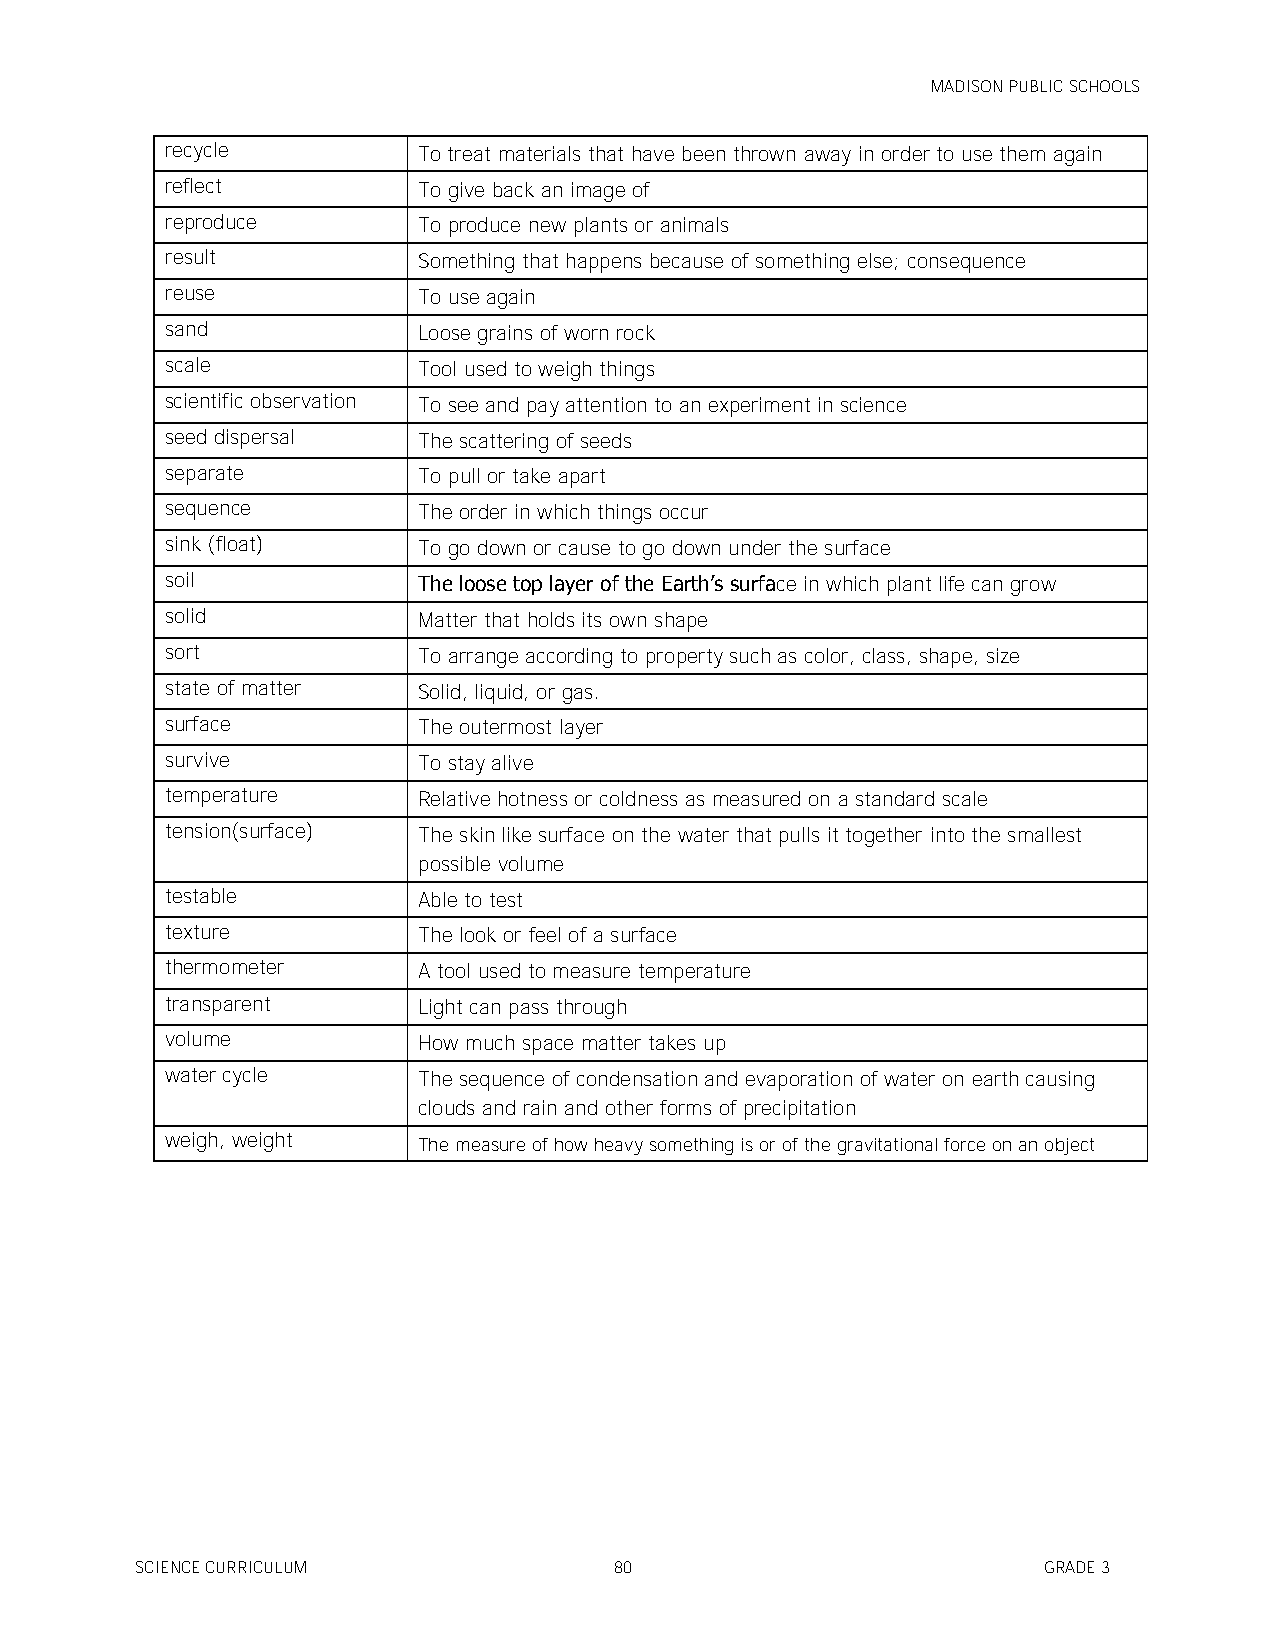
MADISON PUBLIC SCHOOLS
 recycle          To treat materials that have been thrown away in order to use them again
 reflect          To give back an image of
 reproduce        To produce new plants or animals
 result           Something that happens because of something else; consequence
 reuse            To use again
 sand             Loose grains of worn rock
 scale            Tool used to weigh things
 scientific observation To see and pay attention to an experiment in science
 seed dispersal   The scattering of seeds
 separate         To pull or take apart
 sequence         The order in which things occur
 sink (float)     To go down or cause to go down under the surface
 soil             The loose top layer of the Earth’s surface in which plant life can grow
 solid            Matter that holds its own shape
 sort             To arrange according to property such as color, class, shape, size
 state of matter  Solid, liquid, or gas.
 surface          The outermost layer
 survive          To stay alive
 temperature      Relative hotness or coldness as measured on a standard scale
 tension(surface) The skin like surface on the water that pulls it together into the smallest
 possible volume
 testable         Able to test
 texture          The look or feel of a surface
 thermometer      A tool used to measure temperature
 transparent      Light can pass through
 volume           How much space matter takes up
 water cycle      The sequence of condensation and evaporation of water on earth causing
 clouds and rain and other forms of precipitation
 weigh, weight    The measure of how heavy something is or of the gravitational force on an object
 SCIENCE CURRICULUM              80                          GRADE 3